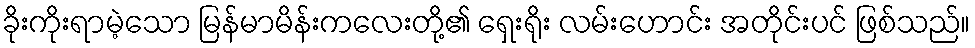
ခိုးကိုးရာမဲ့သော မြန်မာမိန်းကလေးတို့၏ ရှေးရိုး လမ်းဟောင်း အတိုင်းပင် ဖြစ်သည်။